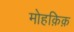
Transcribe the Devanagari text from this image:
मोहक़िक़